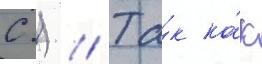
С.) // Та́к ка́к